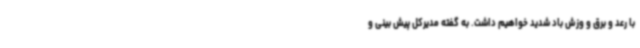
با رعد و برق و وزش باد شدید خواهیم داشت. به گفته مدیرکل پیش بینی و